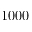
1 0 0 0